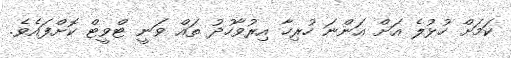
ކަމަށް ހުޅުލެ އަށް އަންނަ ހުރިހާ އިރުވާހުދު ތައް ވަނީ ޓްވީޓް ކޮށްފައެވެ.